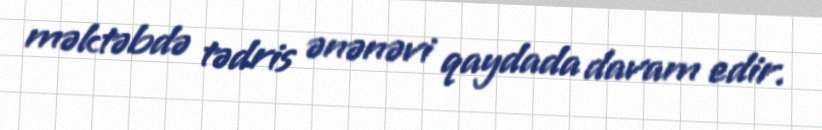
məktəbdə tədris ənənəvi qaydada davam edir.